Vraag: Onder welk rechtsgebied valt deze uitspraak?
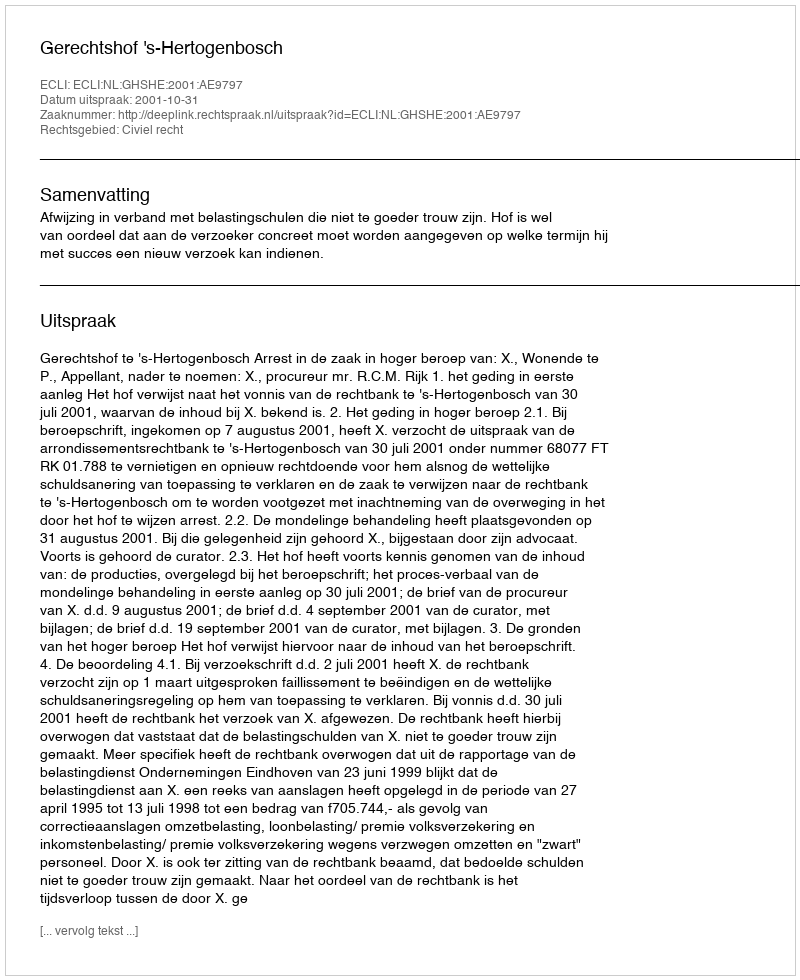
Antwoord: Civiel recht